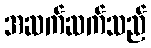
အဆက်ဆက်သည်